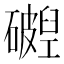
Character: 𬒧